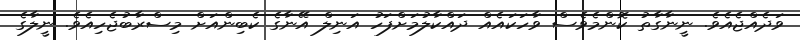
ވަދެއްޖެއެވެ. ނީނާގާތު ކޮންމެވެސް ވާހަކައެއް ދައްކާލުމަށްފަހު އަނިލް އޭނާގެ ކެބިންއަށް މިސްރާބުޖެހިއެވެ. ނީލާގެ